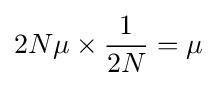
2N\mu \times {\frac {1}{2N}}=\mu